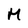
Character: M